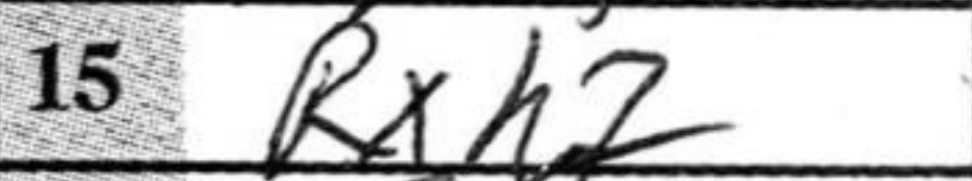
Transcription: Rxh7